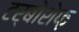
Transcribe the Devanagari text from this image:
टर्बोशेफ़